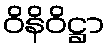
ဝိနိဝိဋ္ဌာ